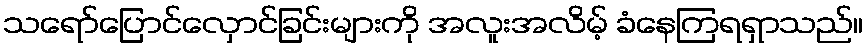
သရော်ပြောင်လှောင်ခြင်းများကို အလူးအလိမ့် ခံနေကြရရှာသည်။